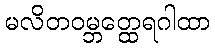
မလိတဝမ္ဘတ္ထေရဂါထာ